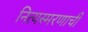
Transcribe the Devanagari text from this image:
नित्यस्मरणाची